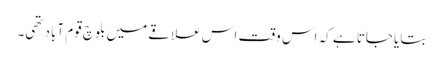
بتایا جاتا ہے کہ اس وقت اس علاقے میں بلوچ قوم آباد تھی۔